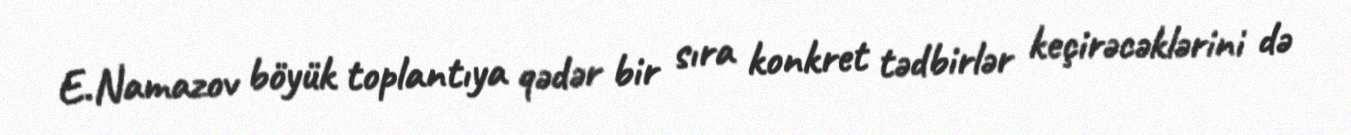
E.Namazov böyük toplantıya qədər bir sıra konkret tədbirlər keçirəcəklərini də